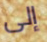
إلى